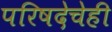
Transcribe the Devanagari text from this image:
परिषदेचेही